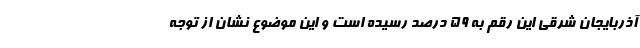
آذربایجان شرقی این رقم به ۵۹ درصد رسیده است و این موضوع نشان از توجه